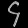
Digit: ၄